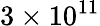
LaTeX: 3\times 10^{11}